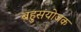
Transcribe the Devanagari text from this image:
बहुसंयोजक